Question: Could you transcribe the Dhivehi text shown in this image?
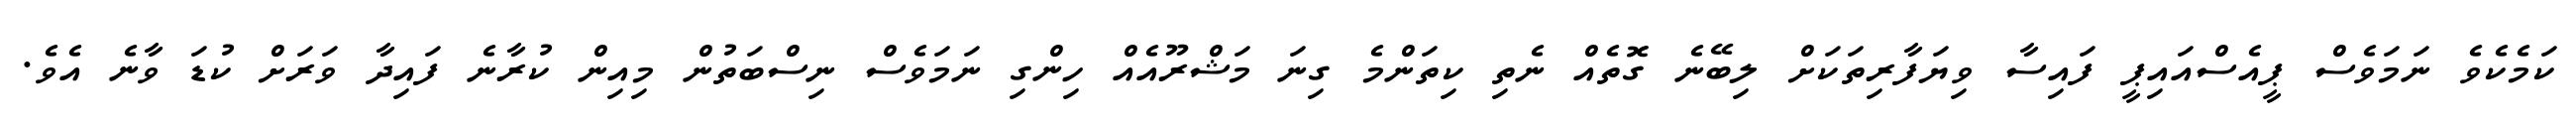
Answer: ކަމެކެވެ ނަމަވެސް ޕީއެސްއައިޕީ ފައިސާ ވިޔަފާރިތަކަށް ލިބޭނެ ގޮތެއް ނެތި ކިތަންމެ ގިނަ މަޝްރޫއެއް ހިންގި ނަމަވެސް ނިސްބަތުން މިއިން ކުރާނެ ފައިދާ ވަރަށް ކުޑަ ވާނެ އެވެ.